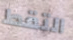
التقط